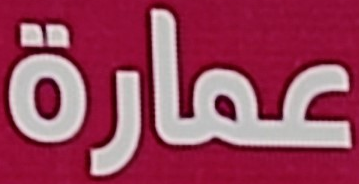
عمارة